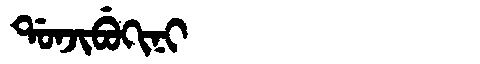
Manchu: ᡩᠣᠨᠵᡳᠪᡠᡴᡳᠨᡳ
Romanization: DONJIBUKINI